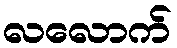
လလောက်